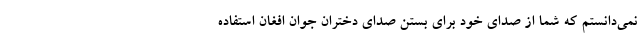
نمی‌دانستم که شما از صدای خود برای بستن صدای دختران جوان افغان استفاده